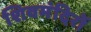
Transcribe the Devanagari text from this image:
शिवमंदिरों